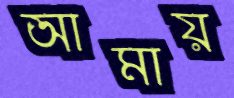
আমায়